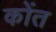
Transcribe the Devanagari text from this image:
कोंत